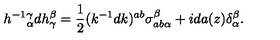
h ^ { - 1 } { } _ { \alpha } ^ { \gamma } d h _ { \gamma } ^ { \beta } = { \frac { 1 } { 2 } } ( k ^ { - 1 } d k ) ^ { a b } \sigma _ { a b \alpha } ^ { \beta } + i d a ( z ) \delta _ { \alpha } ^ { \beta } .